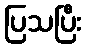
ပြသပြီး